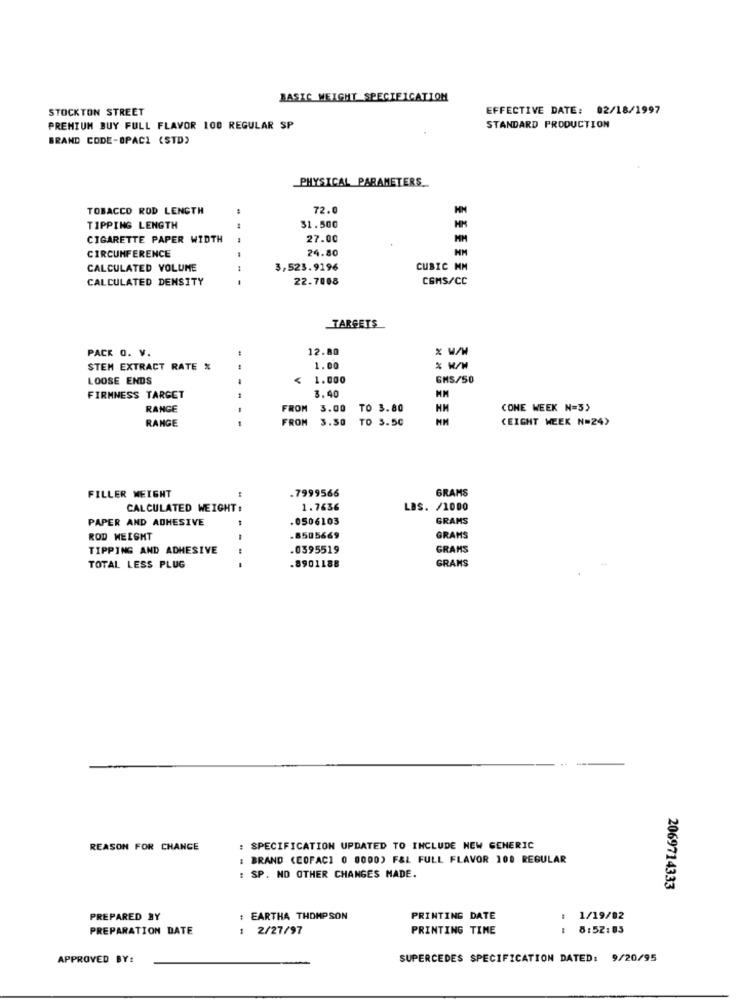
BASIC WEIGHT SPECIFICATION
STOCKTON STREET
EFFECTIVE DATE: 02/18/1997
PREMIUM BUY FULL FLAVOR 100 REGULAR SP
STANDARD PRODUCTION
BRAND CODE-OPACI (STD)
PHYSICAL PARAMETERS
TOBACCO ROD LENGTH
72.0
TIPPING LENGTH
--
31.500
CIGARETTE PAPER WIDTH
27.00
24.80
CIRCUMFERENCE
CALCULATED VOLUME
3,523.9196
CUBIC MM
CALCULATED DENSITY
-- -
22.7008
CSMS/CC
TARGETS
PACK 0. V.
12.80
% W/M
STEM EXTRACT RATE %
1.00
LOOSE ENDS
1.000
GMS/50
1
3.40
MM
FIRMNESS TARGET
RANGE
FROM
3.00
TO 3.80
CONE WEEK N=3)
RANGE
FROM
3.50
TO 5.50
(EIGHT WEEK N=24)
.7999566
GRAMS
FILLER WEIGHT
CALCULATED WEIGHT :
1.7636
LBS. /1000
PAPER AND ADHESIVE
.0506103
GRAMS
ROD WEIGHT
-8505669
GRAMS
TIPPING AND ADHESIVE
.0595519
GRAMS
TOTAL LESS PLUG
-- -
.8901188
GRANS
REASON FOR CHANGE
: SPECIFICATION UPDATED TO INCLUDE NEW GENERIC
: BRAND (COFACI 0 0000) F&L FULL FLAVOR 100 REGULAR
: SP. NO OTHER CHANGES MADE.
2069714333
PREPARED BY
: EARTHA THOMPSON
PRINTING DATE
1/19/02
PREPARATION DATE
: 2/27/97
PRINTING TIME
8:52:05
APPROVED BY:
SUPERCEDES SPECIFICATION DATED: 9/20/95